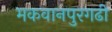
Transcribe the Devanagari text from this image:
मकवानपुरगढी